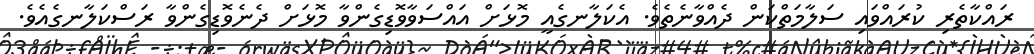
ރައްކާތެރި ކުރައްވައި ސަލާމަތްކަން ދެއްވާނެތެވެ. އެކަލާނގެއީ މޮޅަށް އައްސަވާވޮޑިގެންވާ މޮޅަށް ދެނެވޮޑިގެންވާ ރަސްކަލާނގެއެވެ.